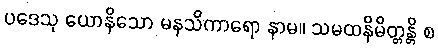
ပဒေသု ယောနိသော မနသိကာရော နာမ။ သမထနိမိတ္တန္တိ စ